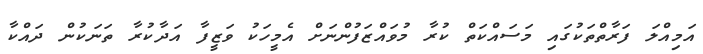
އަމިއްލަ ފަރާތްތަކުގައި މަސައްކަތް ކުރާ މުވައްޒަފުންނަށް އެމީހަކު ވަޒީފާ އަދާކުރާ ތަނަކުން ދައްކާ